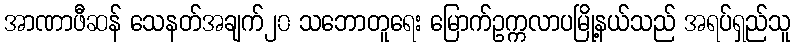
အာဏာဖီဆန် သေနတ်အချက်၂၀ သဘောတူရေး မြောက်ဥက္ကလာပမြို့နယ်သည် အရပ်ရှည်သူ